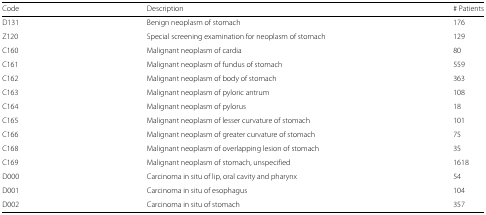
<table><thead><tr><td><b>Code</b></td><td><b>Description</b></td><td><b># Patients</b></td></tr></thead><tbody><tr><td>D131</td><td>Benign neoplasm of stomach</td><td>176</td></tr><tr><td>Z120</td><td>Special screening examination for neoplasm of stomach</td><td>129</td></tr><tr><td>C160</td><td>Malignant neoplasm of cardia</td><td>80</td></tr><tr><td>C161</td><td>Malignant neoplasm of fundus of stomach</td><td>559</td></tr><tr><td>C162</td><td>Malignant neoplasm of body of stomach</td><td>363</td></tr><tr><td>C163</td><td>Malignant neoplasm of pyloric antrum</td><td>108</td></tr><tr><td>C164</td><td>Malignant neoplasm of pylorus</td><td>18</td></tr><tr><td>C165</td><td>Malignant neoplasm of lesser curvature of stomach</td><td>101</td></tr><tr><td>C166</td><td>Malignant neoplasm of greater curvature of stomach</td><td>75</td></tr><tr><td>C168</td><td>Malignant neoplasm of overlapping lesion of stomach</td><td>35</td></tr><tr><td>C169</td><td>Malignant neoplasm of stomach, unspecified</td><td>1618</td></tr><tr><td>D000</td><td>Carcinoma in situ of lip, oral cavity and pharynx</td><td>54</td></tr><tr><td>D001</td><td>Carcinoma in situ of esophagus</td><td>104</td></tr><tr><td>D002</td><td>Carcinoma in situ of stomach</td><td>357</td></tr></tbody></table>